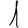
Digit: 1